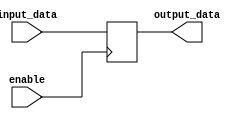
module IO_Buffer (
    input enable,
    input input_data,
    output reg output_data
);

always @ (posedge enable)
begin
    if (enable)
        output_data <= input_data;
end

endmodule